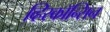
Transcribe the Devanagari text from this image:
व्हिस्कॉन्सिन